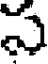
స